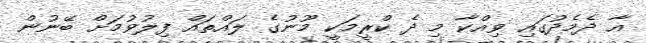
އާ ދެމެދުގައި ވިއްކާ މި ދެ ކްރީމަކީ މޫނުގެ ލައްތައް ފިލުވުމަށް ބޭނުން